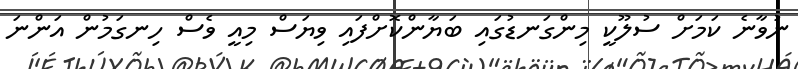
ނުވާނެ ކަމަށް ސުލޫކީ މިންގަނޑުގައި ބަޔާންކޮށްފައި ވިޔަސް މިއީ ވެސް ހިނގަމުން އަންނަ